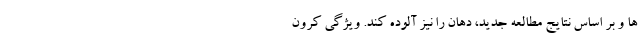
ها و بر اساس نتایج مطالعه جدید، دهان را نیز آلوده کند. ویژگی کرون